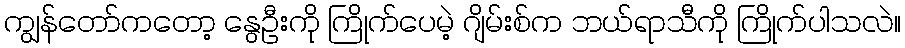
ကျွန်တော်ကတော့ နွေဦးကို ကြိုက်ပေမဲ့ ဂျိမ်းစ်က ဘယ်ရာသီကို ကြိုက်ပါသလဲ။